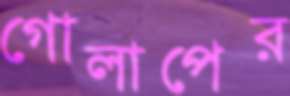
গোলাপের